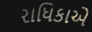
રાધિકાએ